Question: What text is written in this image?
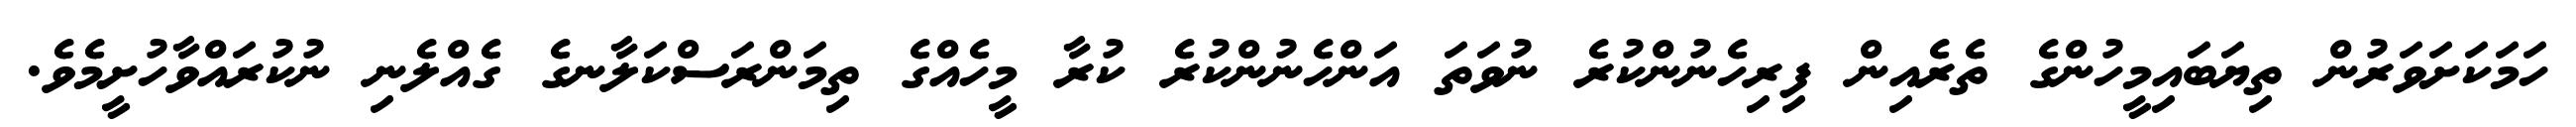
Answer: ހަމަކަށަވަރުން ތިޔަބައިމީހުންގެ ތެރެއިން ފިރިހެނުންކުރެ ނުވަތަ އަންހެނުންކުރެ ކުރާ މީހެއްގެ ތިމަންރަސްކަލާނގެ ގެއްލެނި ނުކުރައްވާހުށީމެވެ.